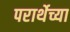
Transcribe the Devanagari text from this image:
परार्थेच्या